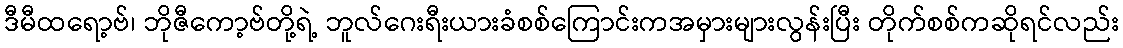
ဒီမီထရော့ဗ်၊ ဘိုဇီကော့ဗ်တို့ရဲ့ ဘူလ်ဂေးရီးယားခံစစ်ကြောင်းကအမှားများလွန်းပြီး တိုက်စစ်ကဆိုရင်လည်း